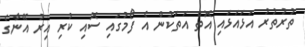
ތުރުތުރު އަޅައަޅައި އޮތް އަތަކުން އެ ފޯމުގައި ސޮއި ކުރި އިރު އޭނާގެ